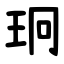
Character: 㺾